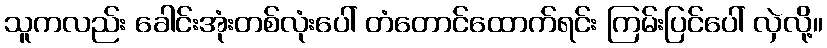
သူကလည်း ခေါင်းအုံးတစ်လုံးပေါ် တံတောင်ထောက်ရင်း ကြမ်းပြင်ပေါ် လှဲလို့။